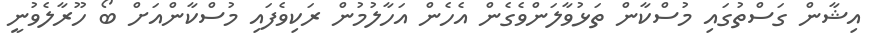
އިޝާން ގަސްތުގައި މުސްކާން ތަޅުވާލަންވެގެން އެހެން އަހާލުމުން ރަކިވެފައި މުސްކާންއަށް ބޯ ހޫރާލެވުނީ